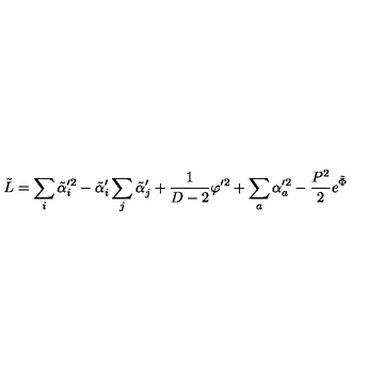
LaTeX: \tilde { L } = \sum _ { i } \tilde { \alpha } _ { i } ^ { \prime 2 } - \tilde { \alpha } _ { i } ^ { \prime } \sum _ { j } \tilde { \alpha } _ { j } ^ { \prime } + { \frac { 1 } { D - 2 } } \varphi ^ { \prime 2 } + \sum _ { a } \alpha _ { a } ^ { \prime 2 } - { \frac { P ^ { 2 } } { 2 } } e ^ { \tilde { \Phi } }